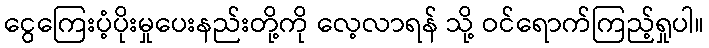
ငွေကြေးပံ့ပိုးမှုပေးနည်းတို့ကို လေ့လာရန် သို့ ဝင်ရောက်ကြည့်ရှုပါ။